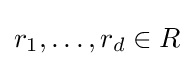
r_{1},\ldots ,r_{d}\in R